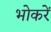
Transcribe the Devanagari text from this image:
भोकरें